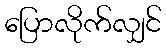
ပြောလိုက်လျှင်